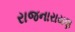
રાજનારાયણ